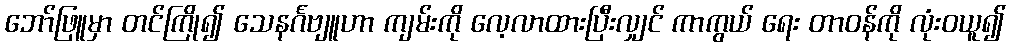
ဘော်ဖြူမှာ တင်ကြို၍ သေနင်္ဂဗျူဟာ ကျမ်းကို လေ့လာထားပြီးလျှင် ကာကွယ် ရေး တာဝန်ကို လုံးဝယူ၍